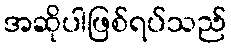
အဆိုပါဖြစ်ရပ်သည်